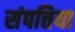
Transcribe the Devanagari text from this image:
संपत्तिया